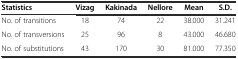
| Statistics | Vizag | Kakinada | Nellore | Mean | S.D. |
 | --- | --- | --- | --- | --- | --- |
 | No. of transitions | 18 | 74 | 22 | 38.000 | 31.241 |
 | No. of transversions | 25 | 96 | 8 | 43.000 | 46.680 |
 | No. of substitutions | 43 | 170 | 30 | 81.000 | 77.350 |